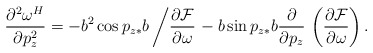
\begin{align*}\frac{\partial^2 \omega^H}{\partial p_z^2} = -b^2\cos p_{z*}b \left/ \frac{\partial\mathcal{F}}{\partial \omega} \right. - b\sin p_{z*}b \frac{\partial }{\partial p_z} \, \left(\frac{\partial \mathcal{F}}{\partial \omega} \right).\end{align*}